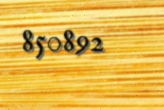
850892